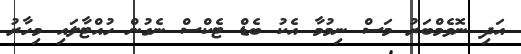
އަދި ނޮވެމްބަރު މަސް ނިމުމާ އެކު ބެޑް ޓެކްސް ނެގުން ހުއްޓާލައި މިހާރު